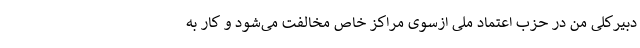
دبیرکلی من در حزب اعتماد ملی ازسوی مراکز خاص مخالفت می‌شود و کار به